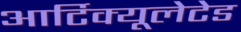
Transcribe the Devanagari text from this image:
आर्टिक्यूलेटेड